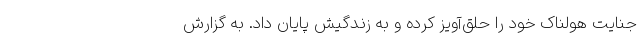
جنایت هولناک خود را حلق‌آویز کرده و به زندگیش پایان داد. به گزارش